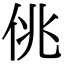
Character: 佻